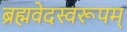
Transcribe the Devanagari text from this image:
ब्रह्मवेदस्वरूपम्